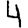
Digit: 4